Leprosy in India: report of the Leprosy Commission in India, 1890-91
Year: 1890
Disease focus: Leprosy
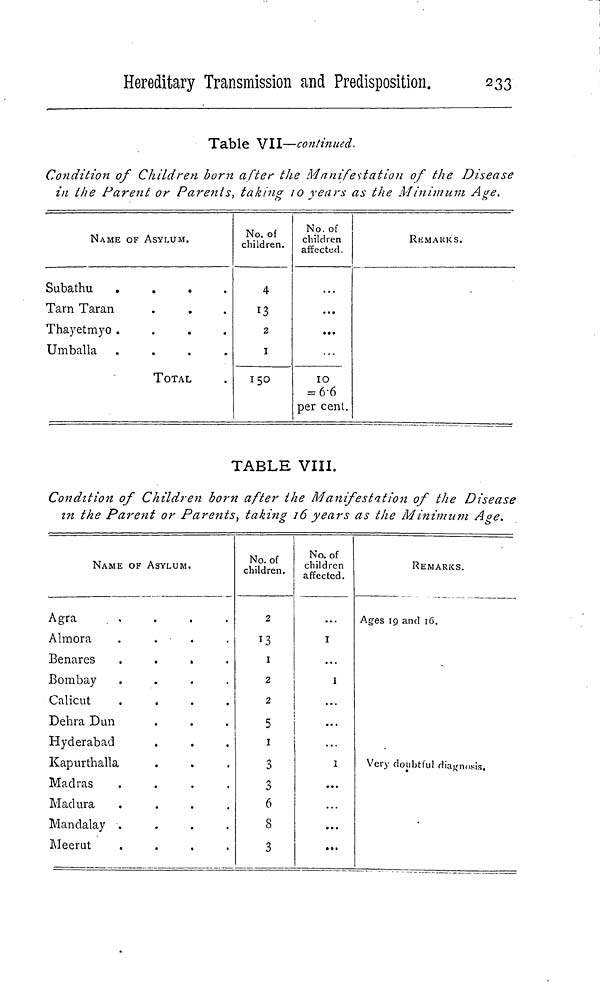
Hereditary Transmission and Predisposition.
233
Table VII—continued.
Condition of Children born after the Manifestation of the Disease
in the Parent or Parents, taking 10 years as the Minimum Age.
NAME OF ASYLUM.
S u b a t h u
.
.
.
.
T a r n T a r a n
T h a y e t m y o
.
.
.
.
U m b a l l a
.
.
.
.
TOTAL
No. of
children.
4
13
2
I
150
No. of
children
affected.
...
...
10
= 6.6
per cent.
REMARKS.
TABLE VIII.
Condition of Children born after the Manifestation of the Disease
in the Parent or Parents, taking 16 years as the Minimum Age.
NAME OF ASYLUM.
A g r a
.
.
.
.
A l m o r a
.
.
.
.
B e n a r e s
.
.
.
.
B o m b a y
.
.
.
.
C a l i c u t
.
.
.
.
D e h r a D u n
H y d e r a b a d
K a p u r t h a l l a
M a d r a s
.
.
.
.
M a d u r a
.
.
.
.
M a n d a l a y
.
.
.
.
M e e r u t
.
.
.
.
No. of
children.
2
I
2
2
5
1
3
3
6
8
3
No. of
children
affected.
1
I
...
I
...
...
...
REMARKS.
Ages 19 and 16.
Very doubtful diagnosis.